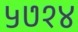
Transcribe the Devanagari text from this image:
५७१४